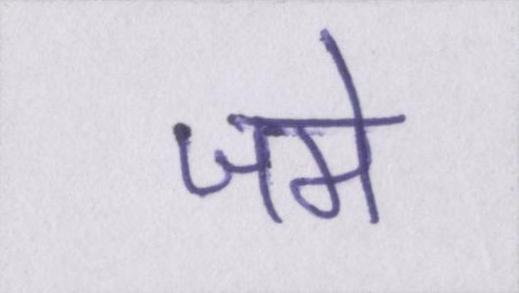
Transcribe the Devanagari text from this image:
जमे